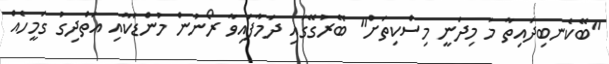
"ބޭކެނބިދައިތާ މަ މިދަނީ މިސްކިތަށް" ބޭރުގޭގައި ދަމާފައިވާ ރޯނުން މުންޑަކާއި އަތްދިގު ގަމީހެއް